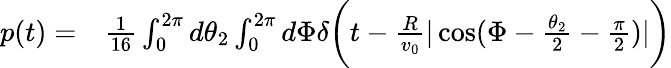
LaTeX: \begin{array}{rl}{p(t)=}&{{}\frac{1}{16}\int_{0}^{2\pi}d\theta_{2}\int_{0}^{2\pi}d\Phi\delta\bigg(t-\frac{R}{v_{0}}|\cos(\Phi-\frac{\theta_{2}}{2}-\frac{\pi}{2})|\bigg)}\end{array}